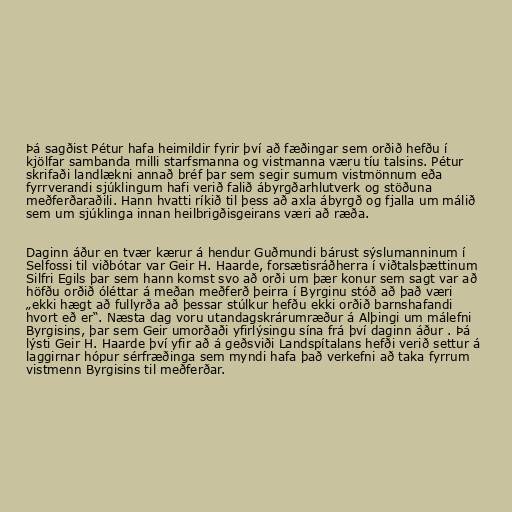
Þá sagðist Pétur hafa heimildir fyrir því að fæðingar sem orðið hefðu í
kjölfar sambanda milli starfsmanna og vistmanna væru tíu talsins. Pétur
skrifaði landlækni annað bréf þar sem segir sumum vistmönnum eða
fyrrverandi sjúklingum hafi verið falið ábyrgðarhlutverk og stöðuna
meðferðaraðili. Hann hvatti ríkið til þess að axla ábyrgð og fjalla um málið
sem um sjúklinga innan heilbrigðisgeirans væri að ræða.

Daginn áður en tvær kærur á hendur Guðmundi bárust sýslumanninum í
Selfossi til viðbótar var Geir H. Haarde, forsætisráðherra í viðtalsþættinum
Silfri Egils þar sem hann komst svo að orði um þær konur sem sagt var að
höfðu orðið óléttar á meðan meðferð þeirra í Byrginu stóð að það væri
„ekki hægt að fullyrða að þessar stúlkur hefðu ekki orðið barnshafandi
hvort eð er“. Næsta dag voru utandagskrárumræður á Alþingi um málefni
Byrgisins, þar sem Geir umorðaði yfirlýsingu sína frá því daginn áður . Þá
lýsti Geir H. Haarde því yfir að á geðsviði Landspítalans hefði verið settur á
laggirnar hópur sérfræðinga sem myndi hafa það verkefni að taka fyrrum
vistmenn Byrgisins til meðferðar.